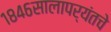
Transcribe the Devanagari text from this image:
१८४६सालापर्यंतचे